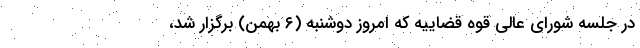
در جلسه شورای عالی قوه قضاییه که امروز دوشنبه (۶ بهمن) برگزار شد،